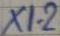
Text: X1-2